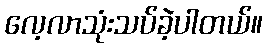
လေ့လာသုံးသပ်ခဲ့ပါတယ်။